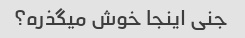
جنی اینجا خوش میگذره؟